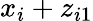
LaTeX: x_{i}+z_{i1}